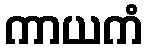
ကာယကံ